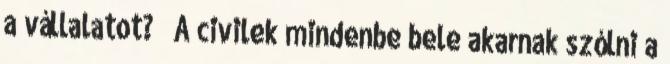
a vállalatot?” „A civilek mindenbe bele akarnak szólni a